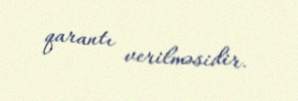
qarantı verilməsidir.